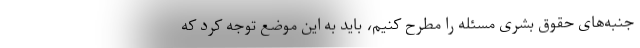
جنبه‌های حقوق بشری مسئله را مطرح کنیم، باید به این موضع توجه کرد که